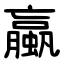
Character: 蠃